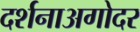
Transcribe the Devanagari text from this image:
दर्शनाअगोदर